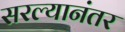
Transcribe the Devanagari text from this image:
सरल्यानंतर